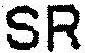
SR